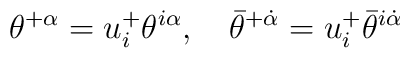
\theta^{+\alpha} = u^+_i\theta^{i\alpha},\quad \bar\theta^{+\dot\alpha} = u^+_i\bar\theta^{i\dot\alpha}